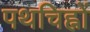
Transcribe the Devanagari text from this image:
पथचिह्नों